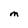
Character: m